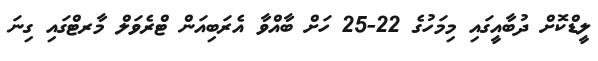
ލީޑްކޮށް ދުބާއީގައި މިމަހުގެ 22-25 ހަށް ބާއްވާ އެރަބިއަން ޓްރެވަލް މާރޓްގައި ގިނަ